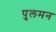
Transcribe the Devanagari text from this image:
पुलमन